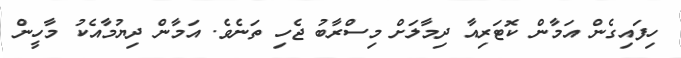
ހިފައިގެން އަމާން ކޮޓަރިއާ ދިމާލަށް މިސްރާބު ޖެހި ތަނެވެ. އަމާން ދިޔުމާއެކު މާހީން